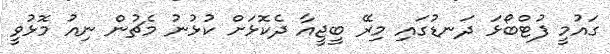
ގައުމީ ފުޓްބޯޅަ ދަނޑުގައި މިރޭ ބީޖީއާ ދެކޮޅަށް ކުޅުނު މެޗުން ނިއު މޮޅުވީ